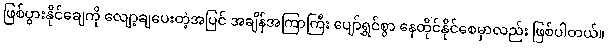
ဖြစ်ပွားနိုင်ချေကို လျော့ချပေးတဲ့အပြင် အချိန်အကြာကြီး ပျော်ရွှင်စွာ နေထိုင်နိုင်စေမှာလည်း ဖြစ်ပါတယ်။